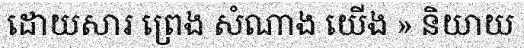
ដោយសារ ព្រេង សំណាង យើង » និយាយ